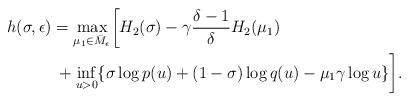
LaTeX: \begin{align*} &h(\sigma,\epsilon) = \max_{\mu_1 \in \bar{M}_{\epsilon}}\biggl[ H_2(\sigma) -\gamma\frac{\delta-1}{\delta} H_2 (\mu_1) \\ &\quad\qquad+\inf_{u>0} \{ \sigma \log p(u) + (1-\sigma) \log q(u) - \mu_1 \gamma \log u \} \biggr]. \end{align*}